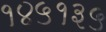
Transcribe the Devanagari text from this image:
१४५१३५